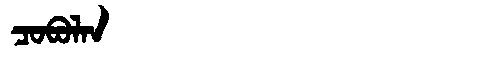
Manchu: ᠴᠣᠪᠣᠯᠠᠨ
Romanization: COBOLAN